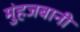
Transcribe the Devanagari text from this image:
मुंहजबानी